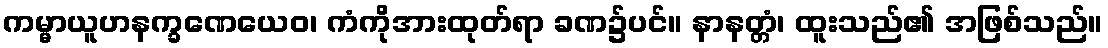
ကမ္မာယူဟနက္ခဏေယေဝ၊ ကံကိုအားထုတ်ရာ ခဏ၌ပင်။ နာနတ္တံ၊ ထူးသည်၏ အဖြစ်သည်။